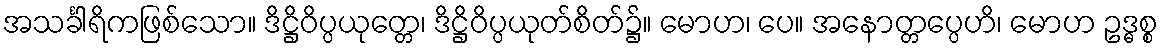
အသင်္ခါရိကဖြစ်သော။ ဒိဋ္ဌိဝိပ္ပယုတ္တေ၊ ဒိဋ္ဌိဝိပ္ပယုတ်စိတ်၌။ မောဟ၊ ပေ။ အနောတ္တပ္ပေဟိ၊ မောဟ ဥဒ္ဓစ္စ